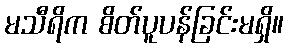
မသီရိက စိတ်ပူပန်ခြင်းမရှိ။